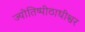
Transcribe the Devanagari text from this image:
ज्योतिष्पीठाधीश्वर